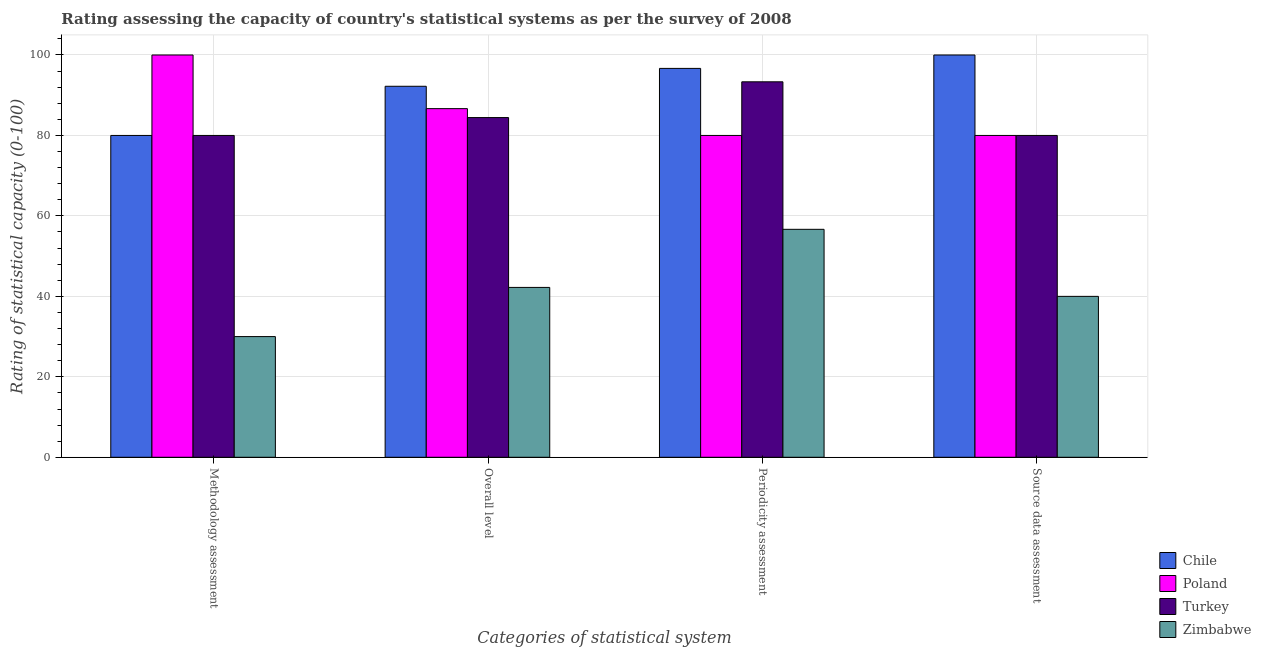
| Categories of statistical system | Chile | Poland | Turkey | Zimbabwe |
 | --- | --- | --- | --- | --- |
 | Methodology assessment | 80 | 100 | 80 | 30 |
 | Overall level | 92.2 | 86.7 | 84.4 | 42.2 |
 | Periodicity assessment | 96.7 | 80 | 93.3 | 56.7 |
 | Source data assessment | 100 | 80 | 80 | 40 |